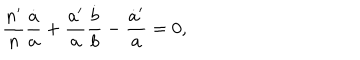
{ \frac { n ^ { \prime } } { n } } { \frac { \dot { a } } { a } } + { \frac { a ^ { \prime } } { a } } { \frac { \dot { b } } { b } } - { \frac { \dot { a } ^ { \prime } } { a } } = 0 ,